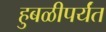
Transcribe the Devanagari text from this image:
हुबळीपर्यंत